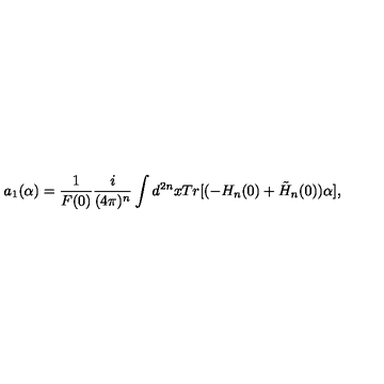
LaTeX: a _ { 1 } ( \alpha ) = \frac { 1 } { F ( 0 ) } \frac { i } { ( 4 \pi ) ^ { n } } \int d ^ { 2 n } x T r [ ( - H _ { n } ( 0 ) + \tilde { H } _ { n } ( 0 ) ) \alpha ] ,